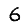
Digit: 6